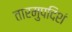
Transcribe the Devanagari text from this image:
तारमुपदिशं